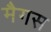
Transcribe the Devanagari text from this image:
मैगस